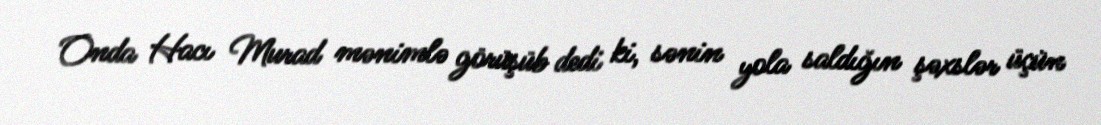
Onda Hacı Murad mənimlə görüşüb dedi ki, sənin yola saldığın şəxslər üçün